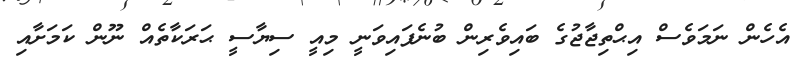
އެހެން ނަމަވެސް އިޙްތިޖާޖުގެ ބައިވެރިން ބުނެފައިވަނީ މިއީ ސިޔާސީ ޙަރަކާތެއް ނޫން ކަމަށާއި